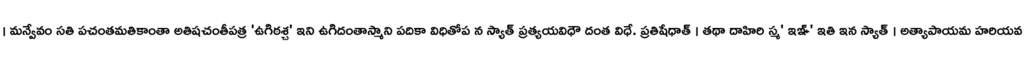
। మన్వేవం సతి పచంతమతికాంతా అతిషచంతీపత్ర 'ఉగిఠశ్చ' ఇని ఉగిదంతాస్మాని పదికా విధితోప న స్యాత్ ప్రత్యయవిధౌ దంత విధే. ప్రతిషేధాత్ । తథా దాహిరి స్మ' ఇఞ్' ఇతి ఇన స్యాత్ । అత్యాపాయమ హరియవ